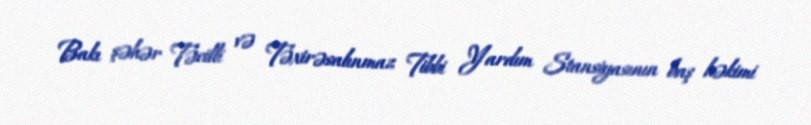
Bakı şəhər Təcilli və Təxirəsalınmaz Tibbi Yardım Stansiyasının baş həkimi